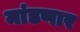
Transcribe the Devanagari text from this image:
मांडणार